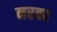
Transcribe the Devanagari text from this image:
नरबद